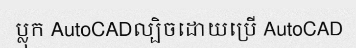
ប្លុក AutoCADល្បិចដោយប្រើ AutoCAD